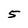
Character: 5